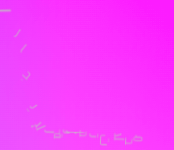
محلات تجارية للإيجار في م